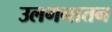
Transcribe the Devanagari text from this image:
उलगनातन